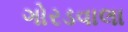
ગોરડવાલા